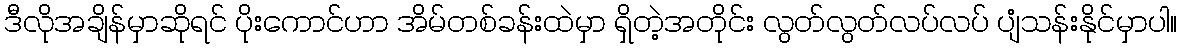
ဒီလိုအချိန်မှာဆိုရင် ပိုးကောင်ဟာ အိမ်တစ်ခန်းထဲမှာ ရှိတဲ့အတိုင်း လွတ်လွတ်လပ်လပ် ပျံသန်းနိုင်မှာပါ။